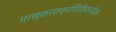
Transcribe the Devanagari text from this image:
भास्करशक्रशिरोऽवनते॥३॥